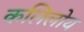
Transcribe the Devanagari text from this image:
कलिलोय